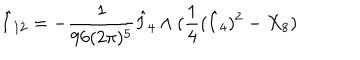
\hat { I } _ { 1 2 } = - \frac { 1 } { 9 6 ( 2 \pi ) ^ { 5 } } \hat { I } _ { 4 } \wedge ( \frac { 1 } { 4 } ( \hat { I } _ { 4 } ) ^ { 2 } - X _ { 8 } )